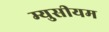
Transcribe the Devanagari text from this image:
म्युसीयम